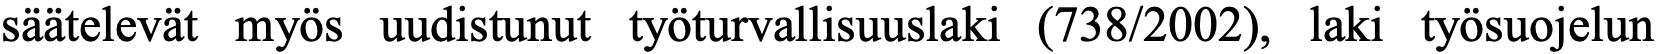
säätelevät myös uudistunut työturvallisuuslaki (738/2002), laki työsuojelun